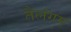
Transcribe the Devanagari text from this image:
तैलंगम्